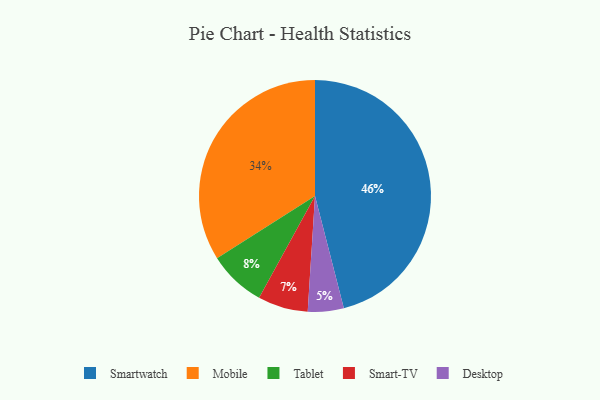
{"axis": {"x": "Category", "y": "Percentage"}, "legend": ["Desktop", "Mobile", "Smart-TV", "Smartwatch", "Tablet"], "data": [{"x": "Smart-TV", "y": 7, "type": "Smart-TV"}, {"x": "Mobile", "y": 34, "type": "Mobile"}, {"x": "Tablet", "y": 8, "type": "Tablet"}, {"x": "Smartwatch", "y": 46, "type": "Smartwatch"}, {"x": "Desktop", "y": 5, "type": "Desktop"}]}